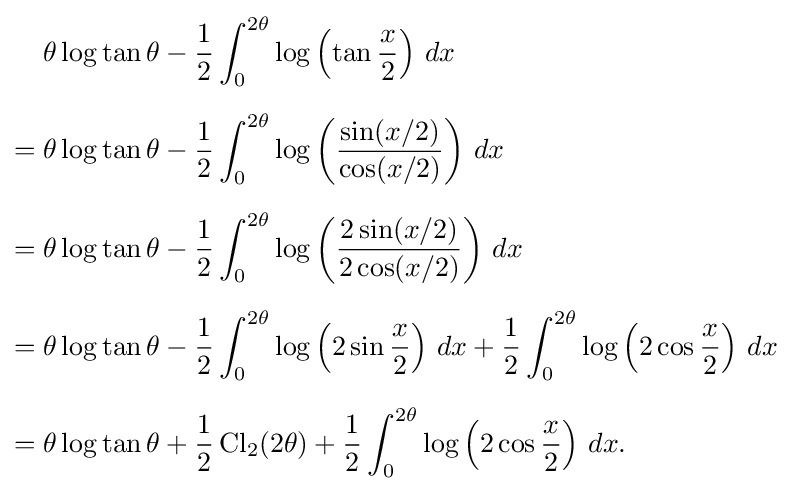
{\begin{aligned}&\theta \log \tan \theta -{\frac {1}{2}}\int _{0}^{2\theta }\log \left(\tan {\frac {x}{2}}\right)\,dx\\[6pt]={}&\theta \log \tan \theta -{\frac {1}{2}}\int _{0}^{2\theta }\log \left({\frac {\sin(x/2)}{\cos(x/2)}}\right)\,dx\\[6pt]={}&\theta \log \tan \theta -{\frac {1}{2}}\int _{0}^{2\theta }\log \left({\frac {2\sin(x/2)}{2\cos(x/2)}}\right)\,dx\\[6pt]={}&\theta \log \tan \theta -{\frac {1}{2}}\int _{0}^{2\theta }\log \left(2\sin {\frac {x}{2}}\right)\,dx+{\frac {1}{2}}\int _{0}^{2\theta }\log \left(2\cos {\frac {x}{2}}\right)\,dx\\[6pt]={}&\theta \log \tan \theta +{\frac {1}{2}}\operatorname {Cl} _{2}(2\theta )+{\frac {1}{2}}\int _{0}^{2\theta }\log \left(2\cos {\frac {x}{2}}\right)\,dx.\end{aligned}}